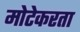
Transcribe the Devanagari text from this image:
मोटेकरता